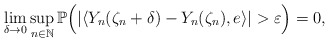
\begin{align*}\lim_{\delta\rightarrow 0}\sup_{n\in\mathbb{N}}\mathbb{P}\Big( |\langle Y_n(\zeta_n +\delta)-Y_n(\zeta_n) , e\rangle | >\varepsilon\Big) =0 ,\end{align*}